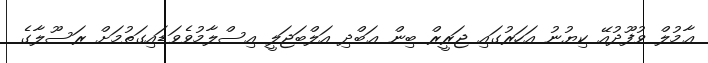
ޢާމުލް ވުފޫދުއޭ ކިޔުނު އަހަރުގައި ޖަރީރް ބިން ޢަބްދި އަލްބަޖަލީ އިސްލާމުވެވަޑައިގަތުމަށް ރަސޫލާގެ